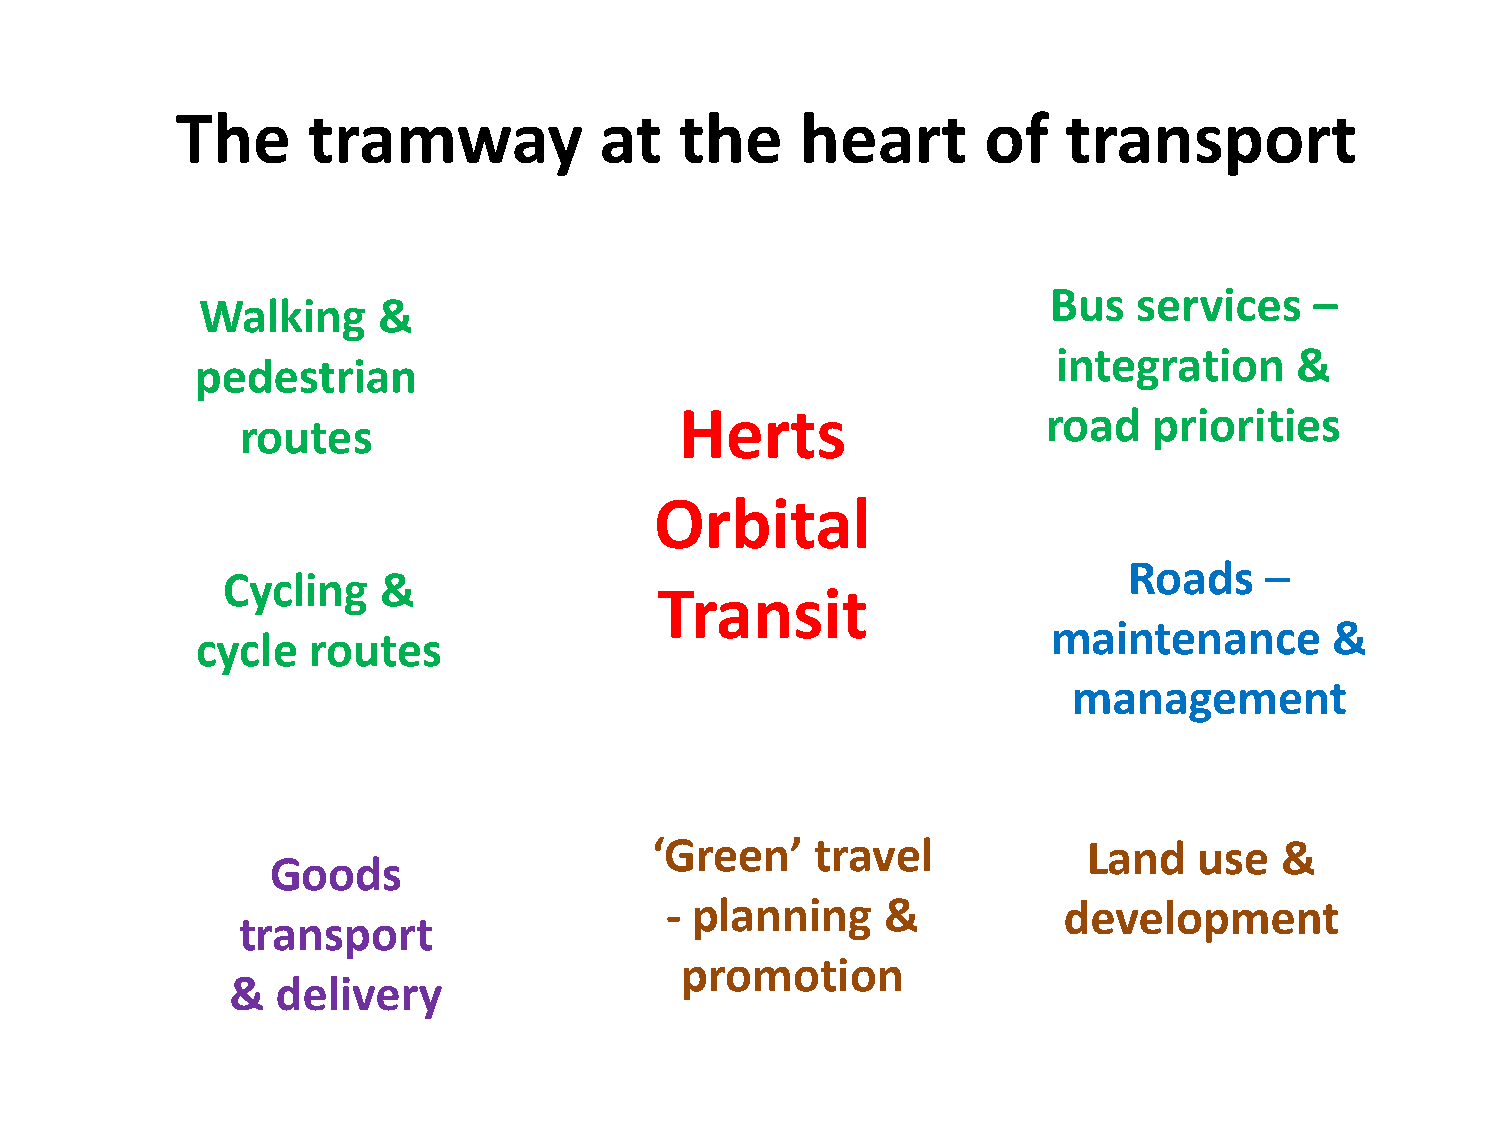
The     tramway             at   the     heart       of    transport
 Bus  services    –
 Walking     &
 integration     &
 pedestrian
 Herts                   road   priorities
 routes
 Orbital
 Roads    –
 Cycling   &
 Transit
 maintenance       &
 cycle  routes
 management
 ‘Green’    travel            Land   use   &
 Goods
 - planning     &          development
 transport
 promotion
 &  delivery